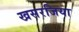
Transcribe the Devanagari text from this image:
खसरजिया